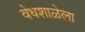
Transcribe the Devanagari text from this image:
वेधशाळेला